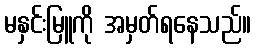
မနှင်းမြူကို အမှတ်ရနေသည်။